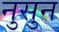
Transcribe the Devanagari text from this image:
नुसुन